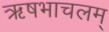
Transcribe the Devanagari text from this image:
ऋषभाचलम्